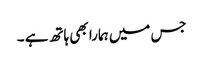
جس میں ہمارا بھی ہاتھ ہے ۔